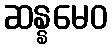
ဆန္နမေဝ